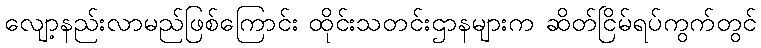
လျော့နည်းလာမည်ဖြစ်ကြောင်း ထိုင်းသတင်းဌာနများက ဆိတ်ငြိမ်ရပ်ကွက်တွင်